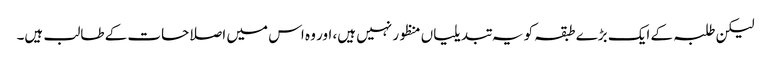
لیکن طلبہ کے ایک بڑے طبقہ کو یہ تبدیلیاں منظور نہیں ہیں، اور وہ اس میں اصلاحات کے طالب ہیں۔